Annual report of the Civil Veterinary Department, Bengal, for the year 1897-98 - 1897-1898
Year: 1897
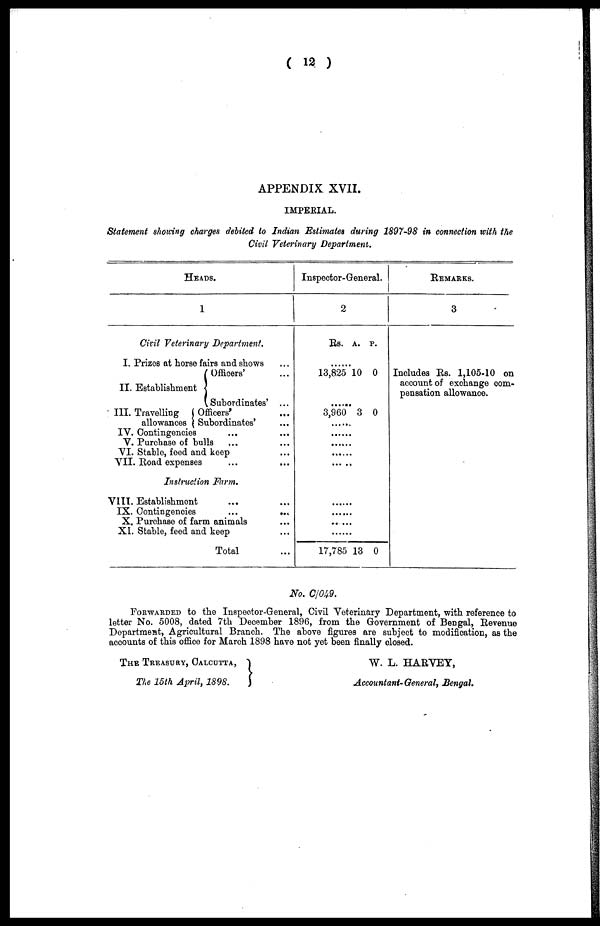
( 12 )
APPENDIX. XVII.
IMPERIAL.
Statement showing charges debited to Indian Estimates during 1897-98 in connection with the
Civil Veterinary Department.
HEADS.
1
Civil Veterinary Department.
I. Prizes at horse fairs and shows ...
Officers' ...
II. Establishment
Subordinates' ...
III. Travelling
Officers' ...
allowances Subordinates' ...
IV. Contingencies ... ...
V. Purchase of bulls ... ...
VI. Stable, feed and keep ...
VII. Road expenses ... ...
Instruction Farm.
VIII. Establishment ... ...
IX. Contingencies
...
...
X. Purchase of farm animals ...
XI. Stable, feed and keep ...
Total ...
Inspector-General.
2
Rs. A. P.
......
13,825 10 0
......
3,960 3 0
......
......
......
......
... ..
......
......
.. ...
......
17,785 13 0
REMARKS.
3
Includes Rs. 1,105-10 on
account of exchange com-
pensation allowance.
No. C/049.
FORWARDED to the Inspector-General, Civil Veterinary Department, with reference to
letter No. 5008, dated 7th December 1896, from the Government of Bengal, Revenue
Department, Agricultural Branch. The above figures are subject to modification, as the
accounts of this office for March 1898 have not yet been finally closed.
THE TREASURY, CALCUTTA,
The 15th April, 1898.
W. L. HARVEY,
Accountant-General, Bengal.